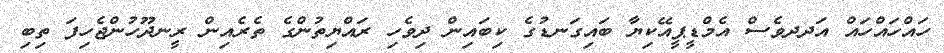
ހައްހައްހައް އަދދވެސް އެމްޑީޕީއޭކިޔާ ބައިގަނޑުގެ ކިބައިން ދިވެހި ރައްޔިތުންގެ ތެރެއިން ރީނދޫހުންޖެހިފަ ތިބި